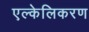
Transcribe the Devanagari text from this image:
एल्केलिकरण